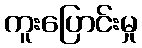
ကူးပြောင်းမှု